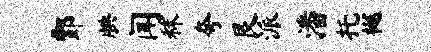
酆腆闻秣夸艮派潘托樾